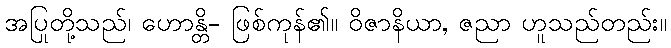
အပြုတို့သည်၊ ဟောန္တိ- ဖြစ်ကုန်၏။ ဝိဇာနိယာ, ဇညာ ဟူသည်တည်း။